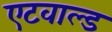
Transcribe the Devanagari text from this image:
एटवाल्ड